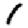
Digit: 1